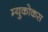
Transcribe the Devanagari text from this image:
म्युकोकस